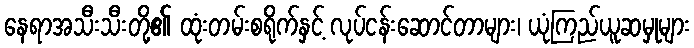
နေရာအသီးသီးတို့၏ ထုံးတမ်းစရိုက်နှင့် လုပ်ငန်းဆောင်တာများ၊ ယုံကြည်ယူဆမှုများ